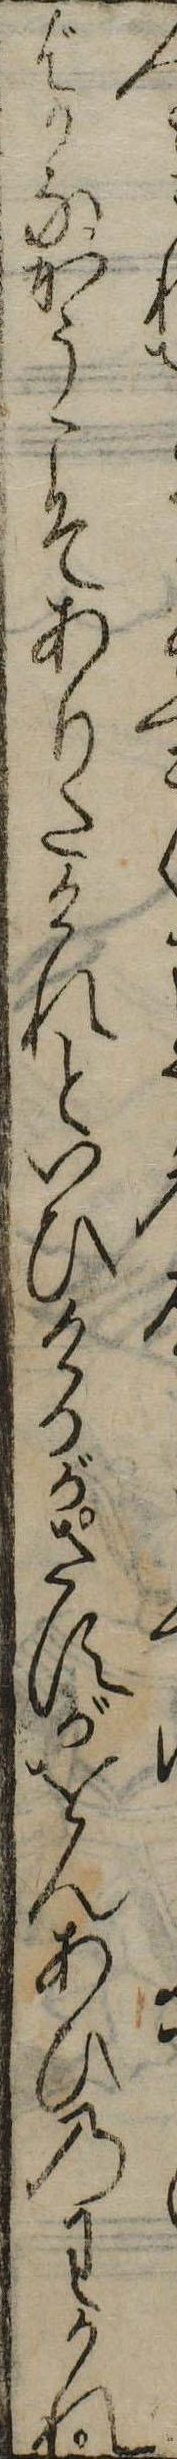
人くうばかなかうこそありたけれといひけるがさすがをんあひのわかれ